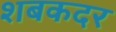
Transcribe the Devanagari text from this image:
शबकदर